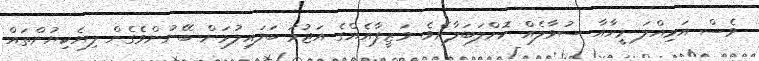
ވެސް އަމިއްލަ މީހާއާ ސުވާލެއް ކޮށްލަބަލާށެވެ. ވަޒީފާއެއްގެ އަޖުމަ ބަލައިލުމަށް ބޭނުންވެގެން ލިޔެކިޔުންތައް